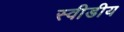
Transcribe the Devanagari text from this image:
स्वीडीय